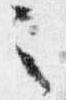
之